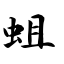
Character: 蛆